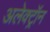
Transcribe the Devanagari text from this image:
अलेक्ट्रॉन